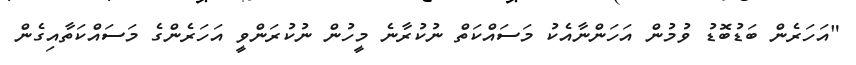
"އަހަރެން ބަޑުބޮޑު ވުމުން އަހަންނާއެކު މަސައްކަތް ނުކުރާނެ މީހުން ނުކުރަންވީ އަހަރެންގެ މަސައްކަތާއިގެން